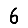
Digit: 6